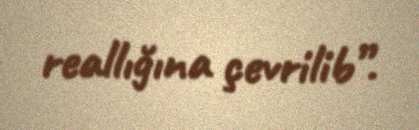
reallığına çevrilib”.